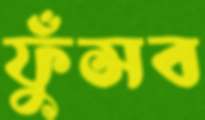
ফুঁসব